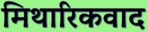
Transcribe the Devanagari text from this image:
मिथारिकवाद